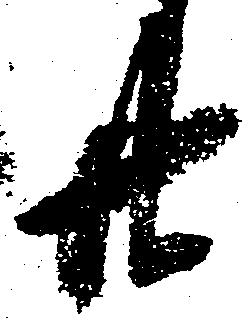
廿